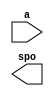
module MARIO_FLY_LEFT_img(
  a,
  spo
);

input [10 : 0] a;
output [15 : 0] spo;

// synthesis translate_off

  DIST_MEM_GEN_V7_2 #(
    .C_ADDR_WIDTH(11),
    .C_DEFAULT_DATA("0"),
    .C_DEPTH(2048),
    .C_FAMILY("kintex7"),
    .C_HAS_CLK(0),
    .C_HAS_D(0),
    .C_HAS_DPO(0),
    .C_HAS_DPRA(0),
    .C_HAS_I_CE(0),
    .C_HAS_QDPO(0),
    .C_HAS_QDPO_CE(0),
    .C_HAS_QDPO_CLK(0),
    .C_HAS_QDPO_RST(0),
    .C_HAS_QDPO_SRST(0),
    .C_HAS_QSPO(0),
    .C_HAS_QSPO_CE(0),
    .C_HAS_QSPO_RST(0),
    .C_HAS_QSPO_SRST(0),
    .C_HAS_SPO(1),
    .C_HAS_SPRA(0),
    .C_HAS_WE(0),
    .C_MEM_INIT_FILE("MARIO_FLY_LEFT_img.mif"),
    .C_MEM_TYPE(0),
    .C_PARSER_TYPE(1),
    .C_PIPELINE_STAGES(0),
    .C_QCE_JOINED(0),
    .C_QUALIFY_WE(0),
    .C_READ_MIF(1),
    .C_REG_A_D_INPUTS(0),
    .C_REG_DPRA_INPUT(0),
    .C_SYNC_ENABLE(1),
    .C_WIDTH(16)
  )
  inst (
    .A(a),
    .SPO(spo),
    .D(),
    .DPRA(),
    .SPRA(),
    .CLK(),
    .WE(),
    .I_CE(),
    .QSPO_CE(),
    .QDPO_CE(),
    .QDPO_CLK(),
    .QSPO_RST(),
    .QDPO_RST(),
    .QSPO_SRST(),
    .QDPO_SRST(),
    .DPO(),
    .QSPO(),
    .QDPO()
  );

// synthesis translate_on

endmodule